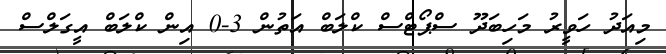
މިއަދު ހަވީރު މަހިބަދޫ ސްޕޯޓްސް ކްލަބް އަތުން 3-0 އިން ކްލަބް އީގަލްސް